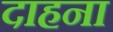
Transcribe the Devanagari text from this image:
दाहना